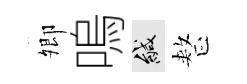
𡖖嗚緘整